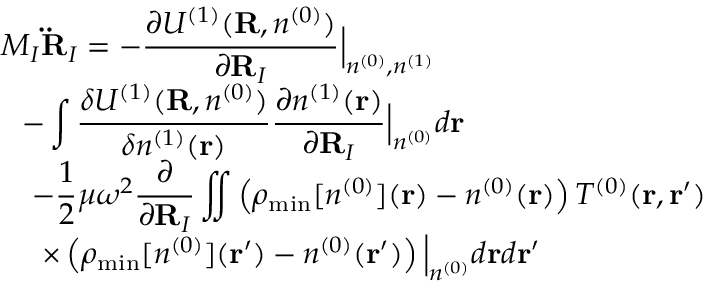
\begin{array} { l } { { \displaystyle M _ { I } { \bf \ddot { R } } _ { I } = - \frac { \partial { \cal U } ^ { ( 1 ) } ( { \bf R } , n ^ { ( 0 ) } ) } { \partial { \bf R } _ { I } } \Big \vert _ { n ^ { ( 0 ) } , n ^ { ( 1 ) } } } \ ~ } \\ { { \displaystyle ~ ~ - \int \frac { \delta { \cal U } ^ { ( 1 ) } ( { \bf R } , n ^ { ( 0 ) } ) } { \delta n ^ { ( 1 ) } ( { \bf r } ) } \frac { \partial n ^ { ( 1 ) } ( { \bf r } ) } { \partial { \bf R } _ { I } } \Big \vert _ { n ^ { ( 0 ) } } d { \bf r } } \ ~ } \\ { { \displaystyle ~ ~ ~ - \frac { 1 } { 2 } \mu \omega ^ { 2 } \frac { \partial } { \partial { \bf R } _ { I } } \iint \left( \rho _ { \mathrm { m i n } } [ n ^ { ( 0 ) } ] ( { \bf r } ) - n ^ { ( 0 ) } ( { \bf r } ) \right) T ^ { ( 0 ) } ( { \bf r , r ^ { \prime } } ) } \ ~ } \\ { { \displaystyle ~ ~ ~ ~ \times \left( \rho _ { \mathrm { m i n } } [ n ^ { ( 0 ) } ] ( { \bf r ^ { \prime } } ) - n ^ { ( 0 ) } ( { \bf r ^ { \prime } } ) \right) \Big \vert _ { n ^ { ( 0 ) } } d { \bf r } d { \bf r ^ { \prime } } } } \end{array}